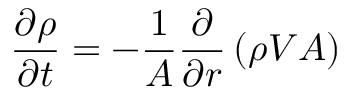
\frac { \partial \rho } { \partial t } = - \frac { 1 } { A } \frac { \partial } { \partial r } \left( \rho V A \right)